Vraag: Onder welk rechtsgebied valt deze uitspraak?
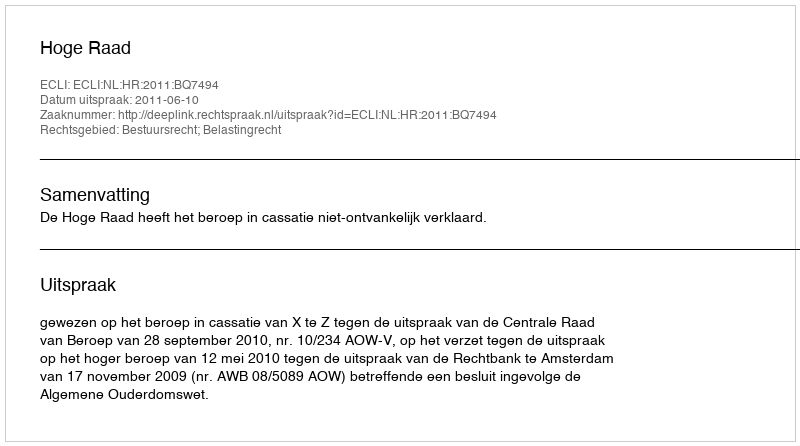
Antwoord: Bestuursrecht; Belastingrecht